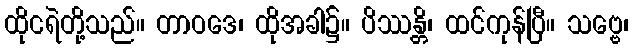
ထိုငရဲတို့သည်။ တာဝဒေ၊ ထိုအခါ၌။ ပိဿန္တိ၊ ထင်ကုန်ပြီ။ သဗ္ဗေ၊